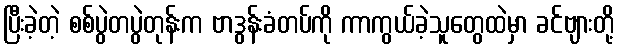
ပြီးခဲ့တဲ့ စစ်ပွဲတပွဲတုန်းက ဗာဒွန်းခံတပ်ကို ကာကွယ်ခဲ့သူတွေထဲမှာ ခင်ဗျားတို့